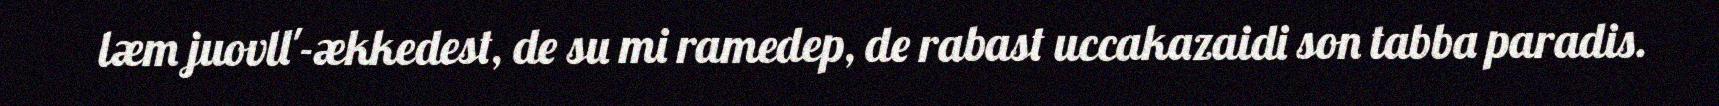
læm juovll'-ækkedest, de su mi ramedep, de rabast uccakazaidi son tabba paradis.